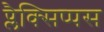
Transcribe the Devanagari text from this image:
प्लैक्सिप्पस